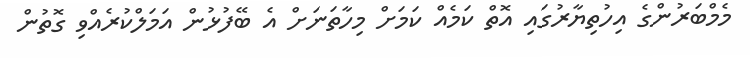
މެމްބަރުންގެ އިހުތިޔާރުގައި އޮތް ކަމެއް ކަމަށް މިހާތަނަށް އެ ބޭފުޅުން އަމަލްކުރެއްވި ގޮތުން